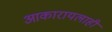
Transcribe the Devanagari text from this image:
आकारायलाही